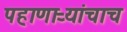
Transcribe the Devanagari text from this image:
पहाणाऱ्यांचाच